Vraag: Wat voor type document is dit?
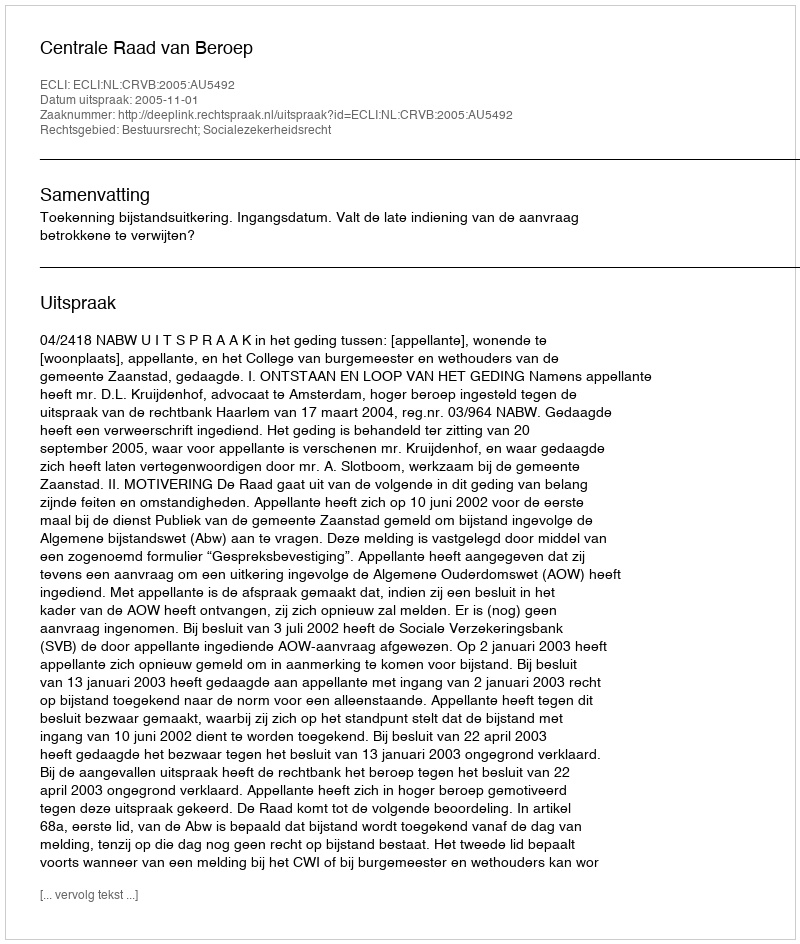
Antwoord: Uitspraak